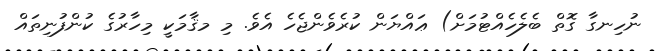
ނުހިނގާ ގޮތް ބެލެހެއްޓުމަށް) ޢައްޔަން ކުރެވެންޖެހެ އެވެ. މި މޤާމަކީ މިހާރުގެ ކުންފުނިތައް